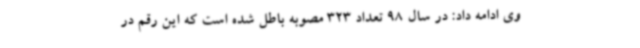
وی ادامه داد: در سال 98 تعداد 323 مصوبه باطل شده است که این رقم در